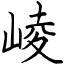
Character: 崚